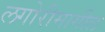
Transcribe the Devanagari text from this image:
लगोरीमागील